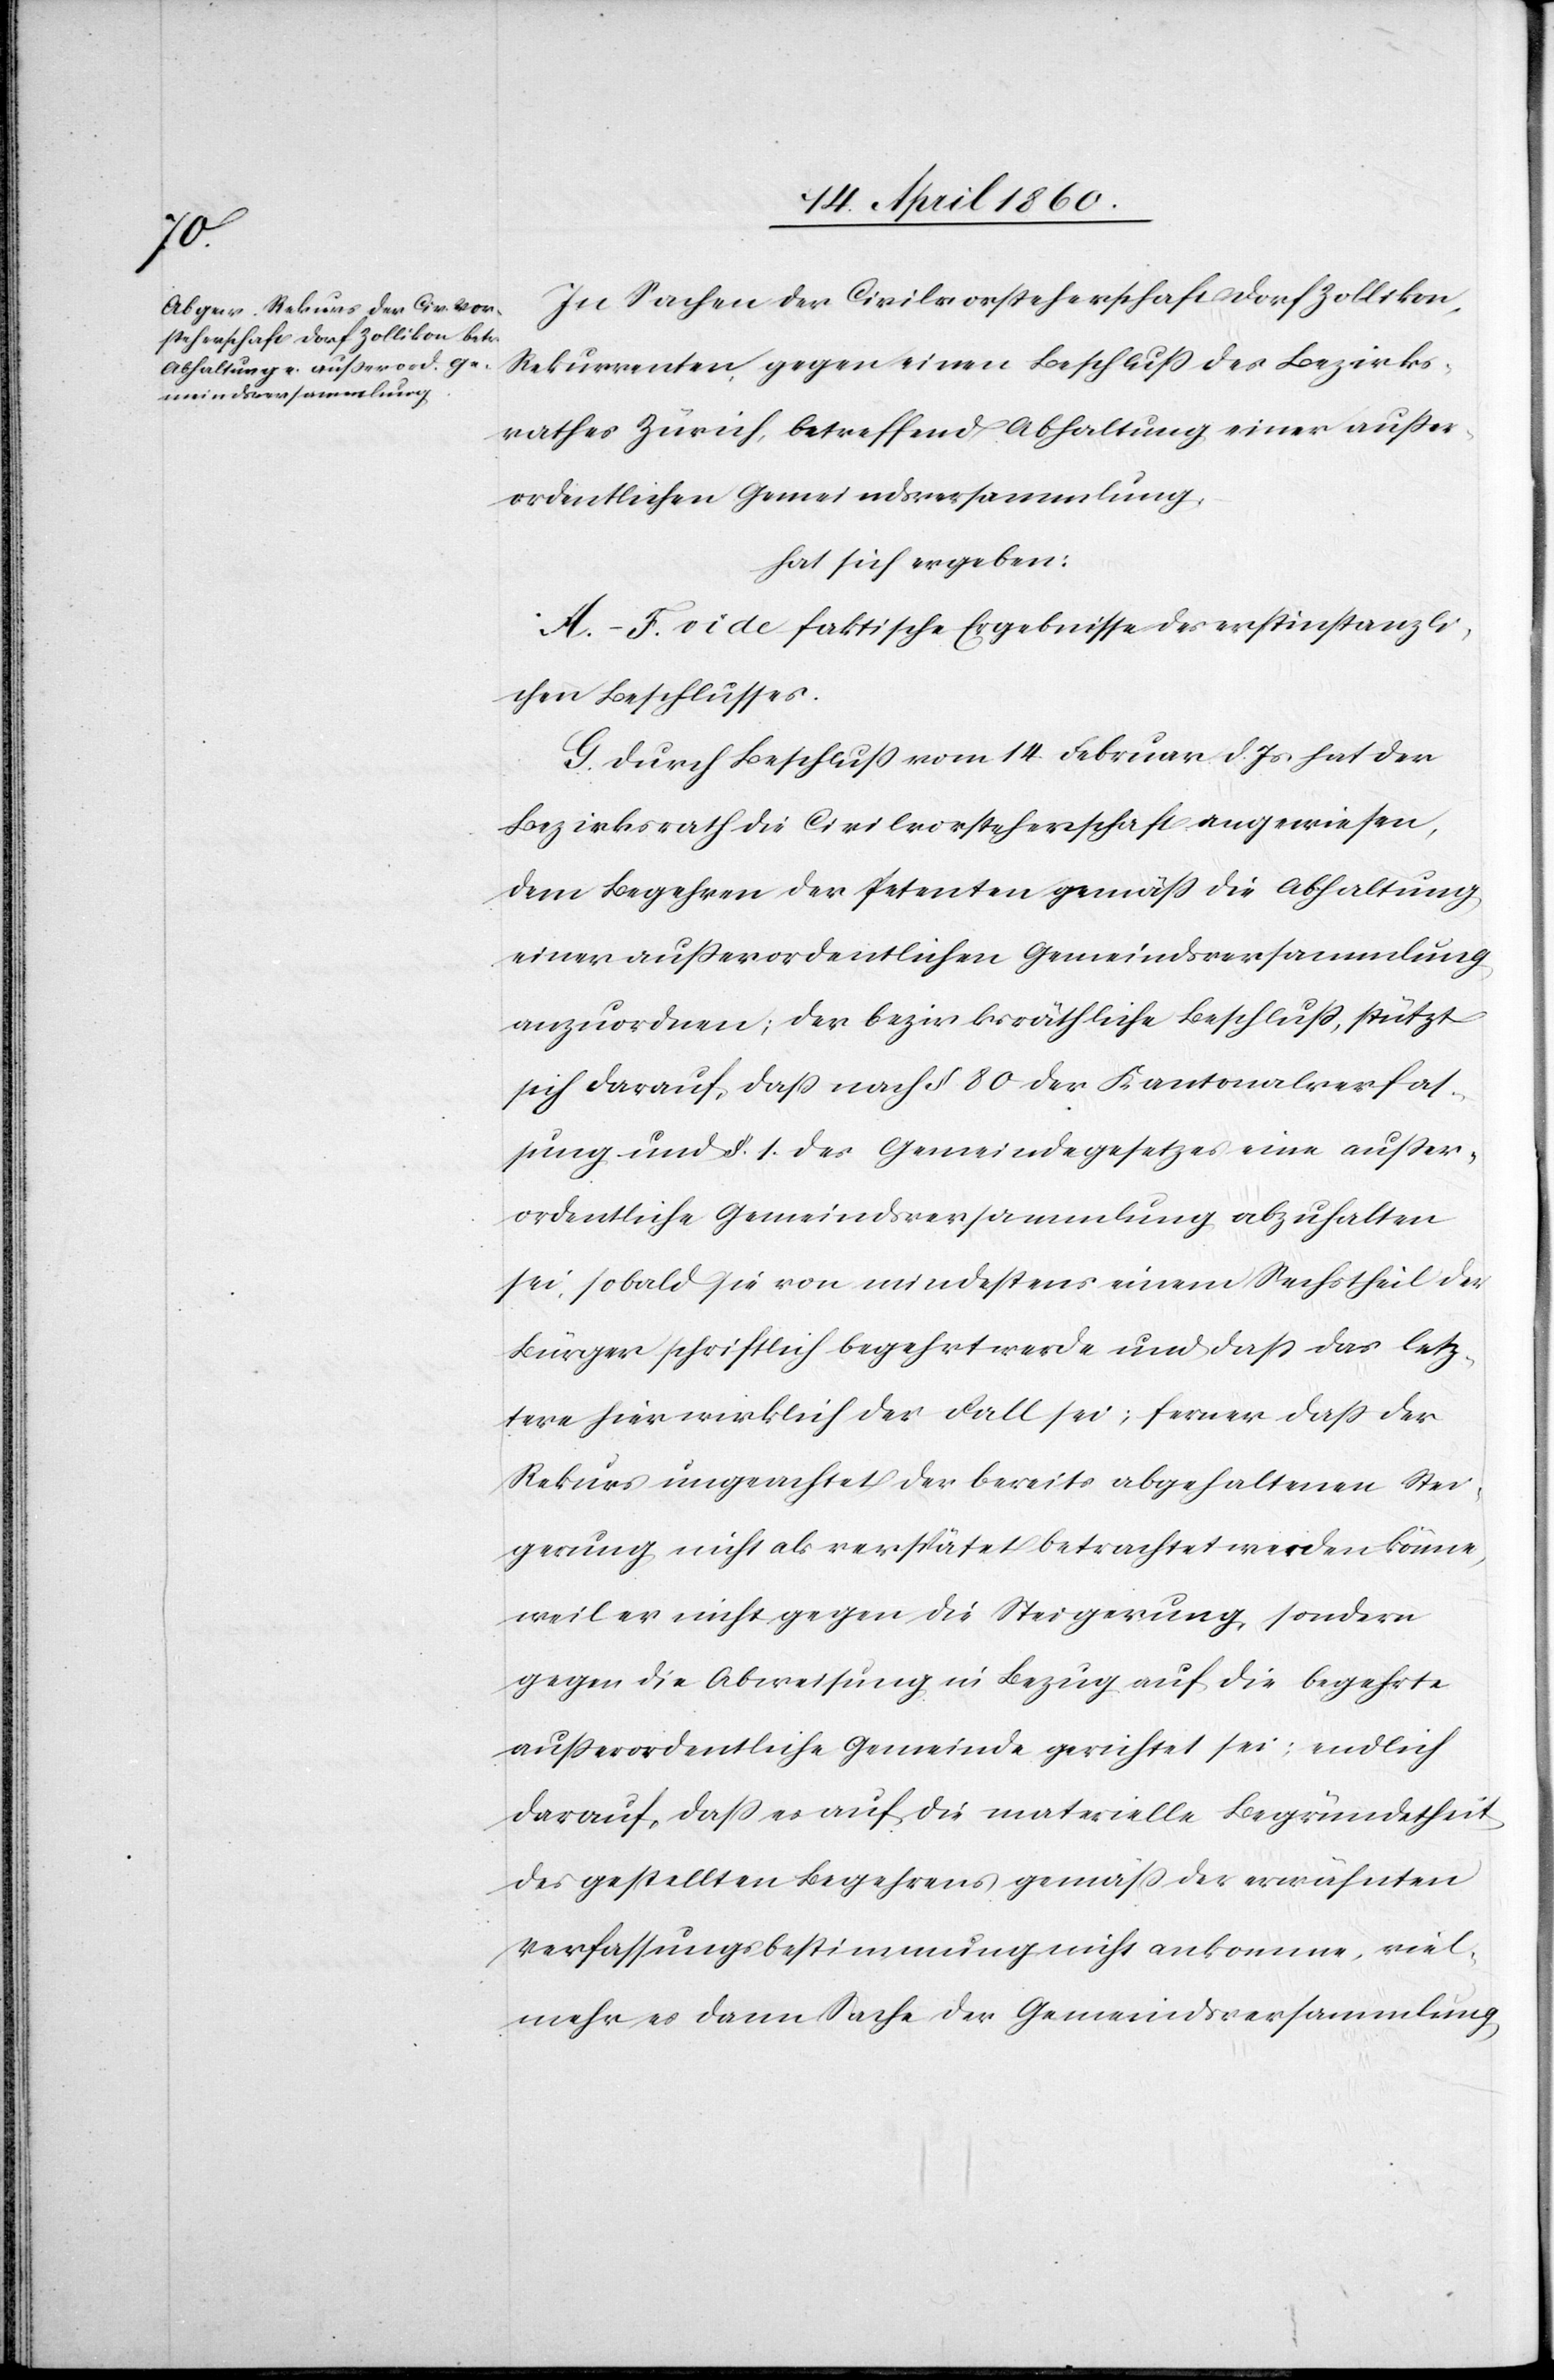
In Sachen der Civilvorsteherschaft Dorf Zollikon,
Rekurrenten, gegen einen Beschluss des Bezirks¬
rathes Zürich, betreffend Abhaltung einer ausser¬
ordentlichen Gemeindsversammlung,
hat sich ergeben:
A.–F. vide faktische Ergebnisse des erstinstanzli¬
chen Beschlusses.
G. Durch Beschluss vom 14. Februar d. Js. hat der
Bezirksrath die Civilvorsteherschaft angewiesen,
dem Begehren der Petenten gemäss die Abhaltung
einer außerordentlichen Gemeindsversammlung
anzuordnen; der bezirksräthliche Beschluss, stützt
sich darauf, dass nach §. 80. der Kantonalverfas¬
sung und §. 1. des Gemeindegesetzes eine ausser¬
ordentliche Gemeindsversammlung abzuhalten
sei, sobald sie von mindestens einem Sechstheil der
Bürger schriftlich begehrt werde und dass das letz¬
tere hier wirklich der Fall sei; ferner dass der
Rekurs ungeachtet der bereits abgehaltenen Stei¬
gerung nicht als verspätet betrachtet werden könne,
weil er nicht gegen die Steigerung, sondern
gegen die Abweisung in Bezug auf die begehrte
ausserordentliche Gemeinde gerichtet sei; endlich
darauf, dass es auf die materielle Begründetheit
des gestellten Begehrens gemäss der erwähnten
Verfassungsbestimmung nicht ankomme, viel¬
mehr es dann Sache der Gemeindsversammlung